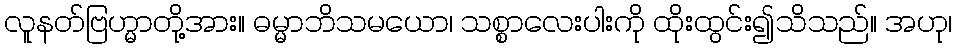
လူနတ်ဗြဟ္မာတို့အား။ ဓမ္မာဘိသမယော၊ သစ္စာလေးပါးကို ထိုးထွင်း၍သိသည်။ အဟု၊